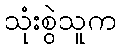
သုံးစွဲသူက